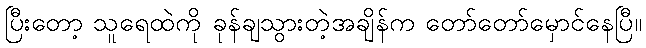
ပြီးတော့ သူရေထဲကို ခုန်ချသွားတဲ့အချိန်က တော်တော်မှောင်နေပြီ။